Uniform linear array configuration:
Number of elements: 24
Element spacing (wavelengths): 0.5
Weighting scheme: hann
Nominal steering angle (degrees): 15
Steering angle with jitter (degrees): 16.935
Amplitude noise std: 0.05
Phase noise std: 0.05

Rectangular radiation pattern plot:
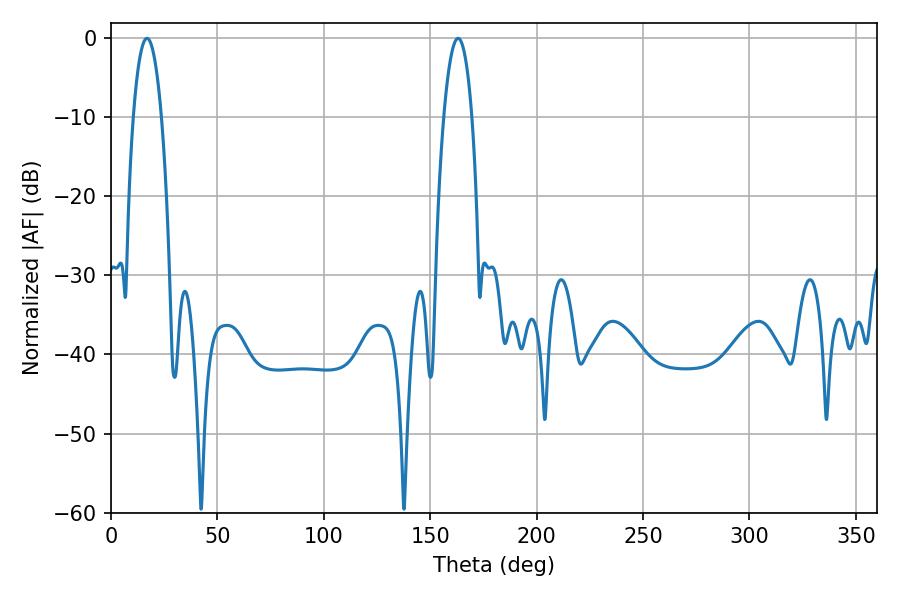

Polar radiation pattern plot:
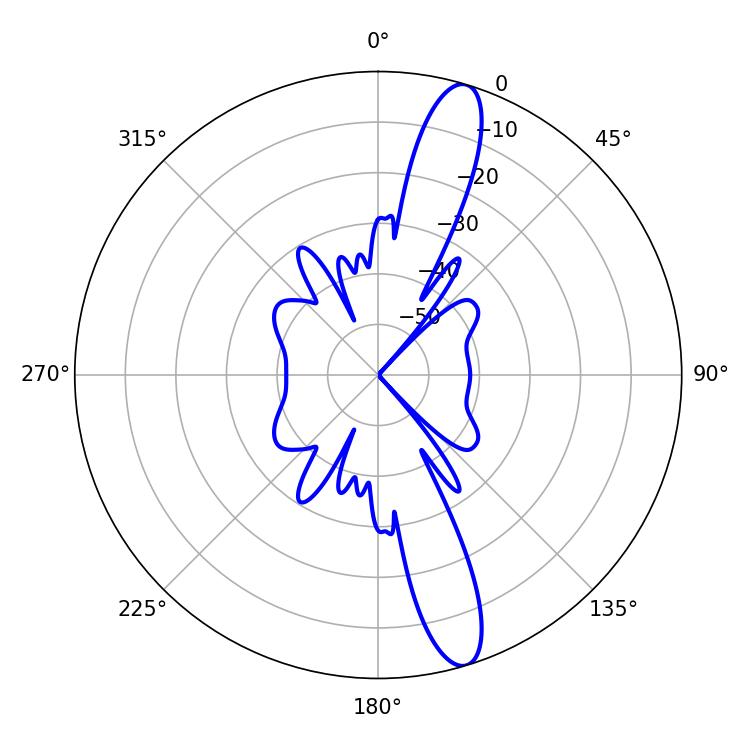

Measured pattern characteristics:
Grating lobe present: FALSE
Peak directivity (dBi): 13.971
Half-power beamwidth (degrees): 7.38
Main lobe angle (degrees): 16.92